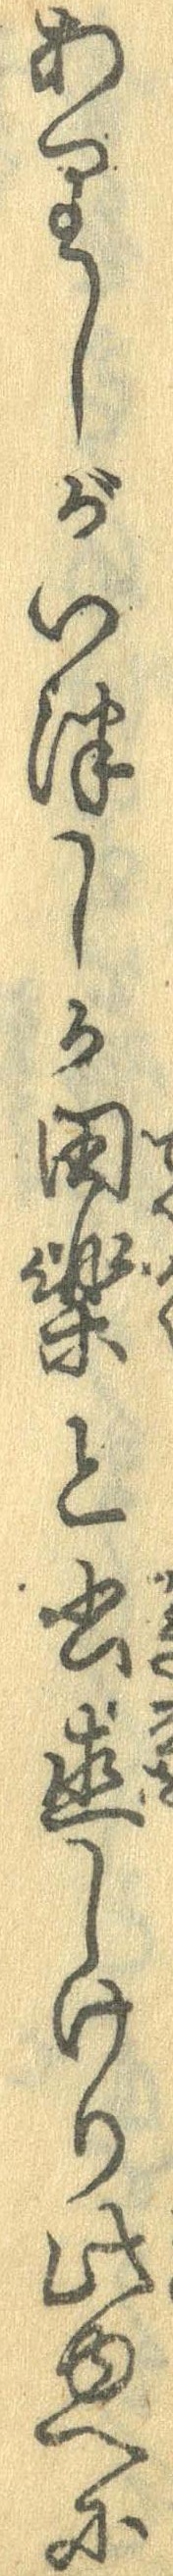
ありしがいつしか田楽と書直しけり此ゆへに